Report on sanitation, dispensaries, and jails in Rajputana for 1911, and on vaccination for the year 1911-1912 - 1911-1912
Year: 1911
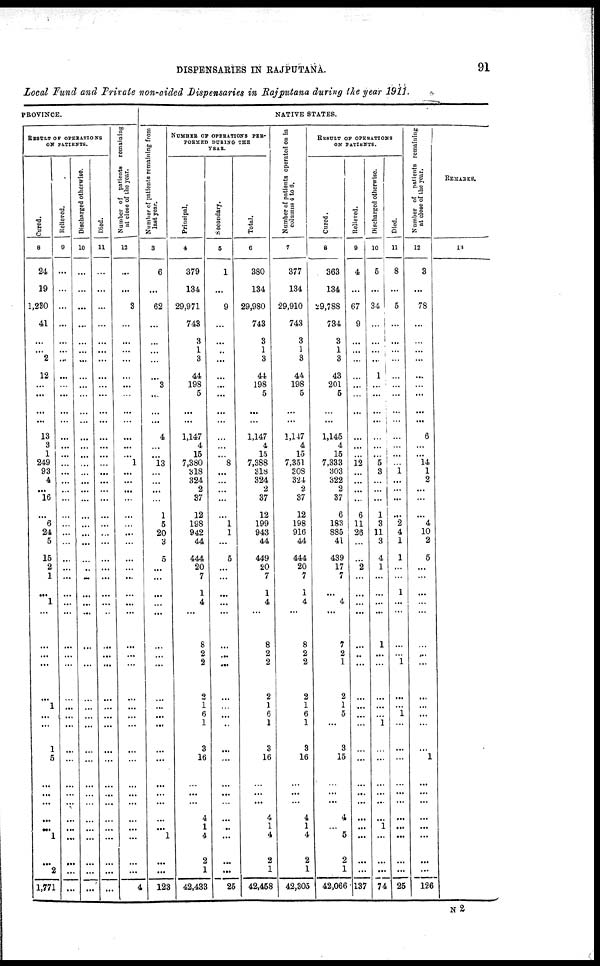
DISPENSARIES IN RAJPUTANA.
91
Local Fund and Private non-aided Dispensaries in Rajputana during the year 1911.
PROVINCE.
RESULT OF OPERATIONS
ON PATIENTS.
Cured.
8
24
19
1,230
41
...
...
2
12
...
...
13
3
1
249
93
4
...
16
...
6
24
5
15
2
1
...
1
...
...
...
...
...
1
...
...
1
5
...
...
...
...
1
...
2
1,771
Relieved.
9
...
...
...
...
...
...
...
...
...
...
...
...
...
...
...
...
...
...
...
...
...
...
...
...
...
...
...
...
...
...
...
...
...
...
...
...
...
...
...
...
...
...
...
...
...
Discharged otherwise.
10
...
...
...
...
...
...
...
...
...
...
...
...
...
...
...
...
...
...
...
...
...
...
...
..
...
...
...
...
...
...
...
...
...
...
...
...
...
...
...
...
...
...
...
...
...
Died.
11
...
...
...
...
...
...
...
...
...
...
...
...
...
...
...
...
...
...
...
...
...
...
...
...
...
...
...
...
...
...
...
...
...
...
...
...
...
...
...
...
...
...
...
...
...
Number of patients remaining
at close of the year.
12
...
...
3
...
...
...
...
...
...
...
...
...
...
1
...
...
...
...
...
...
...
...
...
...
...
...
...
...
...
...
...
...
...
...
...
...
...
...
...
...
...
...
...
...
4
NATIVE STATES.
Number of patients remaining from
last year.
3
6
...
62
...
...
...
...
...
3
...
4
...
...
13
...
...
...
...
1
5
20
3
5
...
...
...
...
...
...
...
...
...
...
...
...
...
...
...
...
...
...
1
...
...
123
NUMBER OF OPERATIONS PER-
FORMED DURING THE
YEAR.
Principal.
4
379
134
29,971
743
3
1
3
44
198
5
1,147
4
15
7,380
318
324
2
37
12
198
942
44
444
20
7
1
4
...
8
2
2
2
1
6
1
3
16
...
...
4
1
4
2
1
42,433
Secondary.
5
1
...
9
...
...
...
...
...
...
...
...
...
...
8
...
...
...
...
...
1
1
...
5
...
...
...
...
...
...
...
...
...
...
...
...
...
...
...
...
...
...
...
...
...
25
Total.
6
380
134
29,980
743
3
1
3
44
198
5
1,147
4
15
7,388
318
324
2
37
12
199
943
44
449
20
7
1
4
...
8
2
2
2
1
6
1
3
16
...
...
4
1
4
2
1
42,458
Number of patients operated on in
columns 4 to 6.
7
377
134
29,910
743
3
1
3
44
198
5
1,147
4
15
7,351
308
324
2
37
12
198
916
44
444
20
7
1
4
...
8
2
2
2
1
6
1
3
16
...
...
4
1
4
2
1
42,305
RESULT OF OPERATIONS
ON PATIENTS.
Cured.
8
363
134
29,788
734
3
1
3
43
201
5
1,145
4
15
7,333
303
322
2
37
6
183
885
41
439
17
7
...
4
...
7
2
1
2
1
5
...
3
15
...
...
4
...
5
2
1
42,066
Relieved.
9
4
...
67
9
...
...
...
...
...
...
...
...
...
12
...
...
...
...
6
11
26
...
...
2
...
...
...
...
...
...
...
...
...
...
...
...
... ...
...
...
...
...
...
...
137
Discharged otherwise.
10
5
...
34
...
...
...
...
1
...
...
...
...
...
5
3
...
...
...
1
3
11
3
4
1
...
...
...
...
1
...
...
...
...
...
1
...
...
...
...
...
1
...
...
...
74
Died.
11
8
...
5
...
...
...
...
...
...
...
...
...
...
...
1
...
...
...
...
2
4
1
1
...
...
1
...
...
...
...
1
...
...
1
...
...
...
...
...
...
...
...
...
...
25
Number of patients remaining
at close of the year.
12
3
...
78
...
...
...
...
...
...
...
6
...
...
14
1
2
...
...
...
4
10
2
5
...
...
...
...
...
...
...
...
...
...
...
...
...
1
...
...
...
...
...
...
...
126
REMARKS.
13
N2